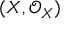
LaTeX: ( X , { \mathcal { O } } _ { X } )